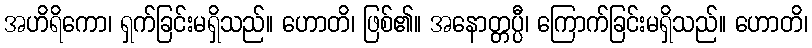
အဟိရိကော၊ ရှက်ခြင်းမရှိသည်။ ဟောတိ၊ ဖြစ်၏။ အနောတ္တပ္ပီ၊ ကြောက်ခြင်းမရှိသည်။ ဟောတိ၊